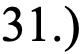
31.)